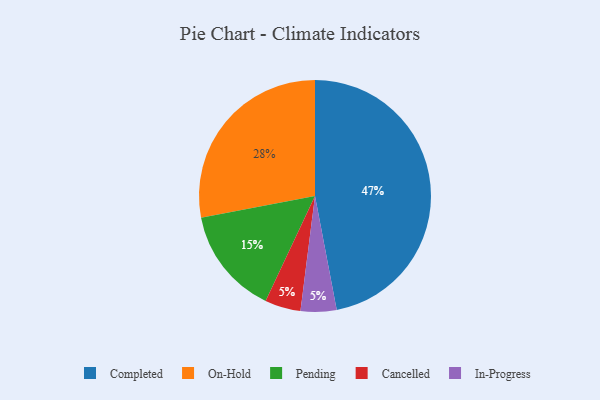
{"axis": {"x": "Category", "y": "Percentage"}, "legend": ["Cancelled", "Completed", "In-Progress", "On-Hold", "Pending"], "data": [{"x": "On-Hold", "y": 28, "type": "On-Hold"}, {"x": "Completed", "y": 47, "type": "Completed"}, {"x": "Pending", "y": 15, "type": "Pending"}, {"x": "Cancelled", "y": 5, "type": "Cancelled"}, {"x": "In-Progress", "y": 5, "type": "In-Progress"}]}